Investigations into the jail dietaries of the United Provinces with some observations on the influence of dietary on the physical development and well-being of the people of the United Provinces - Number 48
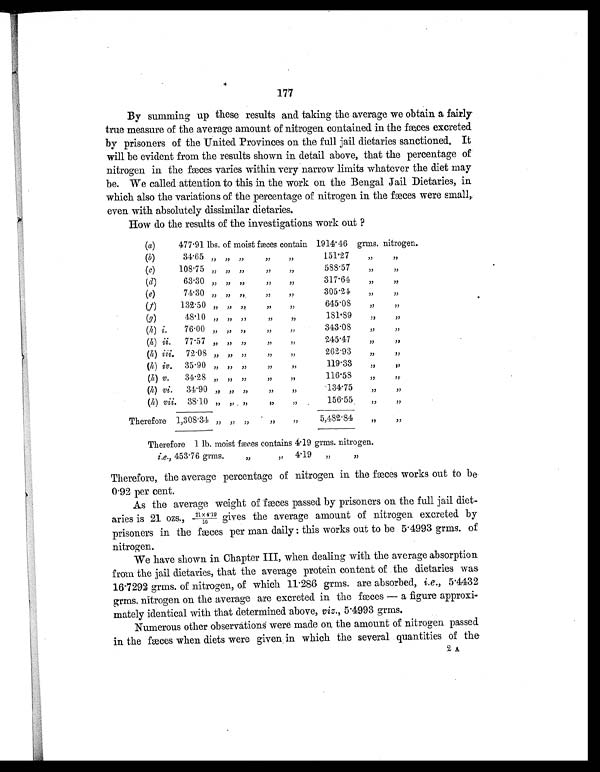
1
77
By summing up these results and taking the average we obtain a fairly
true measure of the average amount of nitrogen contained in the fæces excreted
by prisoners of the United Provinces on the full jail dietaries sanctioned. It
will be evident from the results shown in detail above, that the percentage of
nitrogen in the fæces varies within very narrow limits whatever the diet may
be. We called attention to this in the work on the Bengal Jail Dietaries, in
which also the variations of the percentage of nitrogen in the
fæces were small,
even with absolutely dissimilar dietaries.
How do the results of the investigations work out ?
(a)
477
.91 lbs. of moist fæces contain 1914.46 grms. nitrogen.
(b)
34.65
„
„ ,,
,,
,,
151.27
„
„
(c)
108.75
„
„
„
„
„
588
.57
„
„
( d)
63.30
„
„
„
„
„
317.64
„
„
(e)
74.30
„
„
„
,,
„
305.24
„
„
( f )
132.50
„
„
„
„
„
645.08
,,
„
( g )
48.10 „ „ ,,
„
„
18 1.89
„
„
(h)
i.
76.00
„
„
„
„
„
343.08
„
„
(h) ii.
77. 5
7
„
„
„
„
„
245.47
„
„
(h)
iii. 72.08 „ „ „
„
„
262.93
„
„
(h)
iv.
35.90 „ „ „
„
„
119.33
„ „
(h)
v.
34.28
„
„ „
„
„
116.58
„
„
(h)
vi.
34.90 ,,
„ „
„
„
134.75
„
„
(h)
vii. 38.10 ,, ,,
„
„
„
156.55
„
„
Therefore 1,308.34 „ „ „
„
„
5,482.84
„
„
Therefore 1 lb. moist fæc es contains 4.19 grms. nitrogen.
i.e., 453.76 grms.
„ „
4.19
„
„
Therefore, the average percentage of nitrogen in the fæces works out to be
0.92 per cent.
As the average weight of fæces passed by prisoners on the full jail diet-
aries is 21 ozs., 21x4.19
/16 gives the average amount of nitrogen excreted by
prisoners in the fæces per man daily : this works out to be 5.4993 grms. of
nitrogen.
We have shown in Chapter III, when dealing with the average absorption
from the jail dietaries, that the average protein content of the dietaries was
16.7292 grms. of nitrogen, of which 11.286 grms. are absorbed, i.e., 5.4432
grms. nitrogen on the average are excreted in the fæces — a figure approxi-
mately identical with that determined above, viz., 5.4993 grms.
Numerous other observation s were made on the amount of nitrogen passed
in the fæces when diets were given; in which the several quantities of the
2A